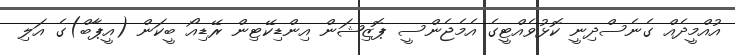
އުއްމީދެއް ގެނެސްދިނީ ކޮޅުވެއްޓީގެ އެމެޖެންސީ ޕޮޒިޝަން އިންޑިކޭޓިން ރޭޑިއޯ ބީކަން (އީޕާބް)ގެ އަލި